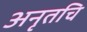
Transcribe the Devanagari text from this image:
अनृतचि